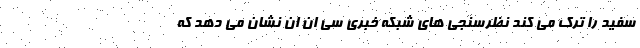
سفید را ترک می کند نظرسنجی های شبکه خبری سی ان ان نشان می دهد که